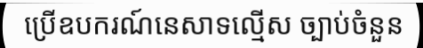
ប្រើឧបករណ៍នេសាទល្មើស ច្បាប់ចំនួន